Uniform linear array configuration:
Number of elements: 8
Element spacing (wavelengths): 1
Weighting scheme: blackman
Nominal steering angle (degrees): -60
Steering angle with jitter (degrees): -61.301
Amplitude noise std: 0.05
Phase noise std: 0.05

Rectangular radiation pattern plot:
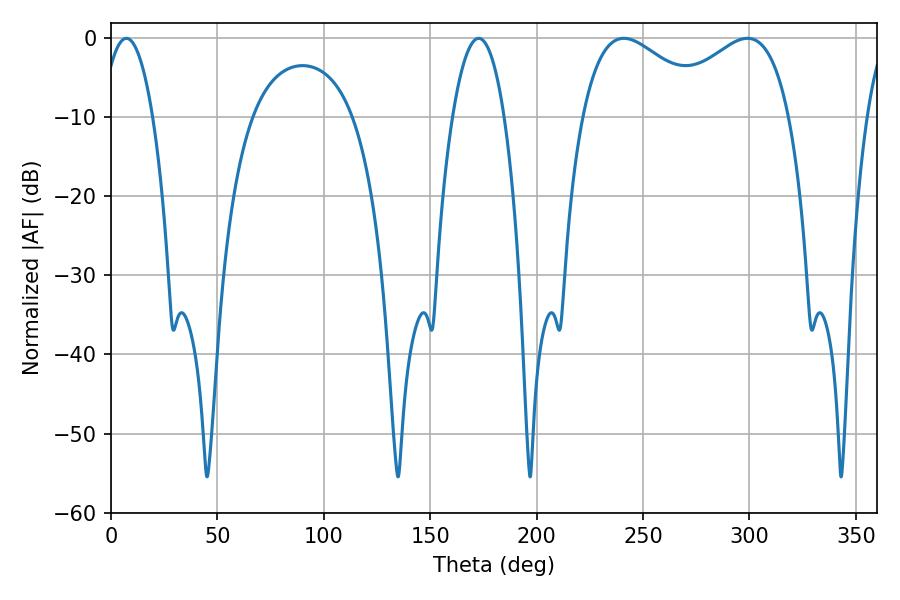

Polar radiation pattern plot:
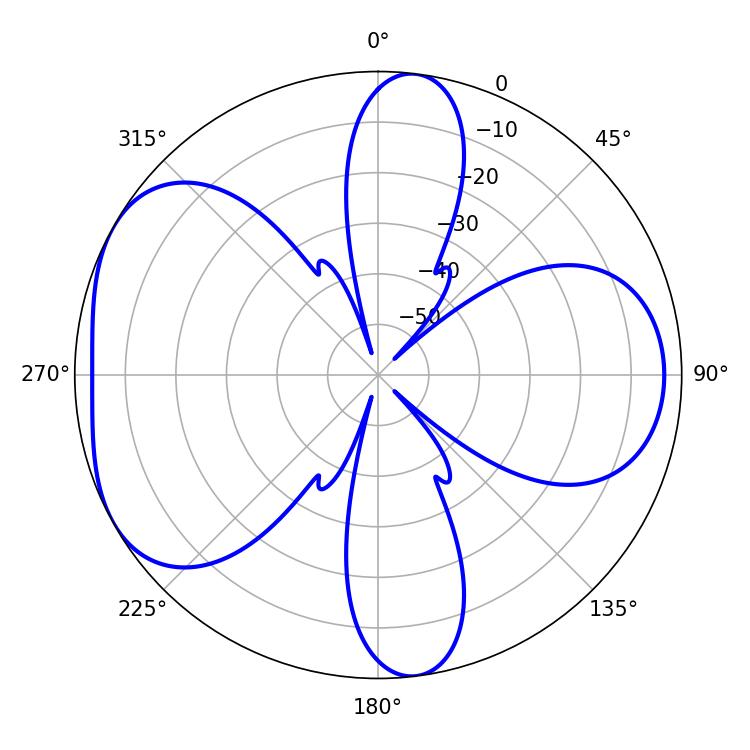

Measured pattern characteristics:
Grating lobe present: TRUE
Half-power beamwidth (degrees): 13.5
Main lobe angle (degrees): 7.2